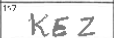
Transcription: KEZ